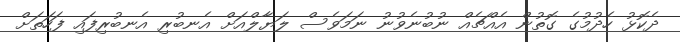
ދެކޮޅު ހެދުމުގެ ގޮތުން އެއްޗެއް ނުބުނެވުނު ނަމަވެސް ލަޔާލްއަށް އެނބުރި އެނބުރިފައި ފަހަތަށް